Report on vaccination in Madras 1904-1921 - 1904-1921
Year: 1904
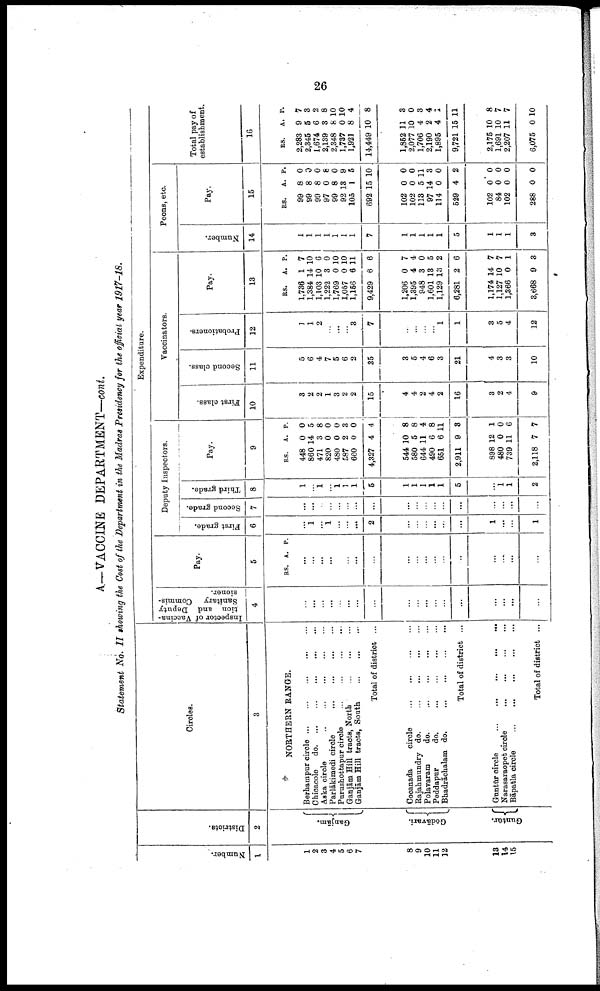
26
A—VACCINE DEPARTMENT—cont.
Statement NO. II showing the Cost of the Department in the Madras Presidency for the official year 1917-18.
Number.
1
1
2
3
4
5
6
7
8
9
10
11
12
13
14
15
Districts.
2
Ganjām.
Godāvari.
Guntūr.
Circles.
3
NORTHERN RANGE.
Berhampur circle ... ... ... ... ...
Chicacole
d
o
. ... ... ... ... ...
Aska circle
...
...
...
...
...
Parlākimedi circle ... ... ... ...
Purushottapur circle
...
...
...
...
Ganjām Hill tracts, North
...
...
...
Ganjām Hill tracts, South
...
...
...
Total of distrust ...
Cocanada
circle
...
...
...
...
Rajahmundry do.
...
...
...
...
Polavaram
do.
...
...
...
...
Peddapur
do.
...
...
...
...
Bhadrāohalam do.
...
...
...
...
Total of district ...
Guntūr circle
...
...
...
...
...
Narasaraopet circle
...
...
...
...
Bāpatla circle
...
...
...
...
...
Total of district ...
Expenditure.
Inspector of Vaccina
tion and Deputy
Sanitary Commis
sioner.
4
...
...
...
...
...
...
...
...
...
...
...
...
...
...
...
...
...
Pay.
5
RS. A. P.
...
...
...
...
...
...
...
...
...
...
...
...
...
...
...
...
...
Deputy Inspectors.
First grade.
6
...
1
...
1
...
...
...
2
...
...
...
...
...
...
1
...
...
1
Second grade.
7
...
...
...
...
...
...
...
...
...
...
...
...
...
...
...
...
...
...
Third grade.
8
1
...
1
...
1 1
1
5
1
1
1
1
1
5
...
1
1
2
Pay.
9
RS.
448
860
471
820
480
587
660
4,327
544
580
644
490
651
2,911
898
480
739
2,118
A.
0
14
3
0
0
2
0
4
10
5
11
6
6
9
12
0
11
7
P.
0
5
8
0
0
3
0
4
8
8
4
8
11
3
1
0
6
7
Vaccinators.
First class.
10
3
2
2
1
3
2
2
15
4
4
2
4
2
16
3
2
4
9
Second class.
11
5
6
4
7
5
6
2
35
3
5
4
6
3
21
4
3
3
10
Probationers.
12
1
1
2
...
...
...
3
7
...
...
...
...
1
1
3
5
4
12
Pay.
13
RS.
1,736
1,384
1,103
1,222
1,769
1,057
1,156
9,429
1,206
1,395
948
1,601
1,129
6,281
1,174
1,127
1,366
3,668
A.
1
14
10
3
0
0
6
6
0
4
3
13
13
2
14
10
0
9
P.
7
10
6
0
10
10
11
6
7
4
0
5
2
6
7
7
1
3
Peons, etc.
Number.
14
1
1
1
1
1
1
1
7
1
1
1
1
1
5
1
1
1
3
Pay.
15
RS.
99
99
99
97
99
92
105
692
102
102
113
97
114
529
102
84
102
288
A.
8
8
8
0
8
13
1
15
0
0
5
14
0
4
0
0
0
0
P.
0
0
0
8
0
9
6
10
0
0
11
3
0
2
0
0
0
0
Total pay of
establishment
16
RS.
2,283
2,345
1,674
2,139
2,348
1,737
1,921
14,449
1,852
2,077
1,706
2,190
1,895
9,721
2,175
1,691
2,207
6,075
A.
9
5
6
3
8
0
8
10
11
10
4
2
4
15
10
10
11
0
P.
7
3
2
8
10
10
4
8
3
0
3
4
1
11
8
7
7
10